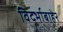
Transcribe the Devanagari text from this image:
विदर्भाबाहेर